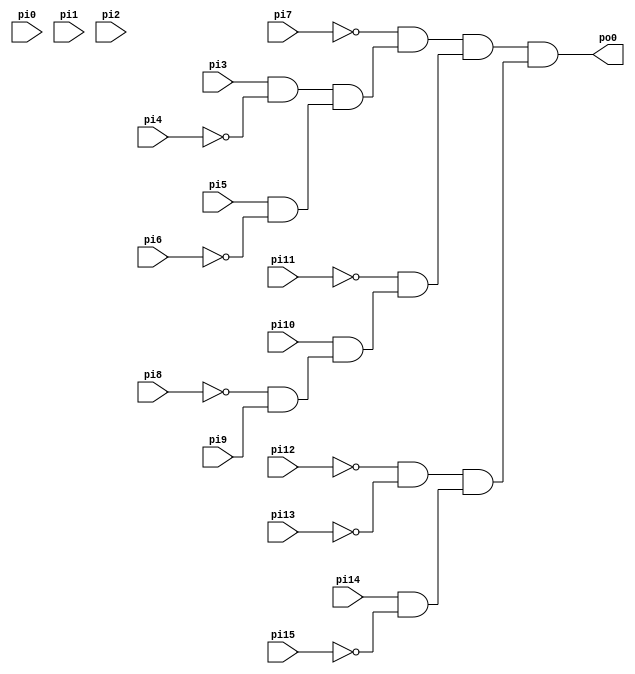
module y1_00 (
    pi0, pi1, pi2, pi3, pi4, pi5, pi6, pi7, pi8, pi9, pi10, pi11, pi12, pi13, pi14, pi15,
    po0);
    input pi0, pi1, pi2, pi3, pi4, pi5, pi6, pi7, pi8, pi9, pi10, pi11, pi12, pi13, pi14, pi15;
    output po0;
    wire n0, n1, n2, n3, n4, n5, n6, n7, n8, n9, n10, n11, n12, n13;
  assign n2 = pi3 & ~pi4;
  assign n3 = pi5 & ~pi6;
  assign n4 = n2 & n3;
  assign n5 = ~pi7 & n4;
  assign n6 = ~pi8 & pi9;
  assign n7 = pi10 & n6;
  assign n8 = ~pi11 & n7;
  assign n9 = n5 & n8;
  assign n10 = ~pi12 & ~pi13;
  assign n11 = pi14 & ~pi15;
  assign n12 = n10 & n11;
  assign po0 = n9 & n12;
endmodule

// po0 == n13 in y1_0